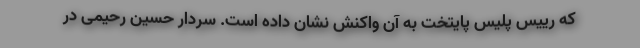
که رییس پلیس پایتخت به آن واکنش نشان داده است. سردار حسین رحیمی در